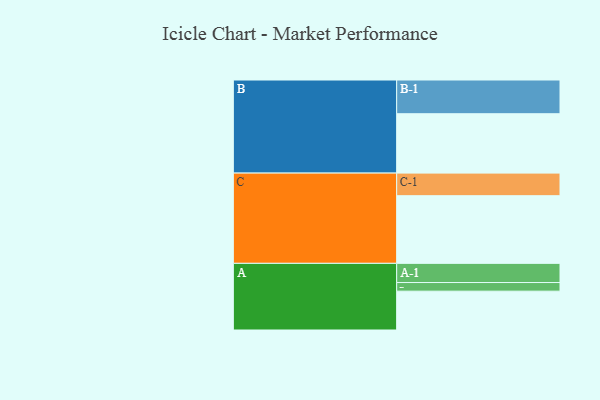
{"axis": {"x": "Segment", "y": "Value"}, "legend": ["", "A", "B", "C"], "data": [{"x": "A", "y": 342, "type": ""}, {"x": "B", "y": 523, "type": ""}, {"x": "C", "y": 596, "type": ""}, {"x": "A-1", "y": 169, "type": "A"}, {"x": "A-2", "y": 76, "type": "A"}, {"x": "B-1", "y": 297, "type": "B"}, {"x": "C-1", "y": 199, "type": "C"}]}